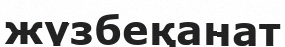
жүзбеқанат